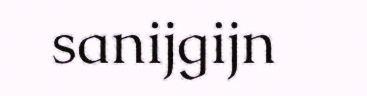
sanijgijn